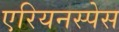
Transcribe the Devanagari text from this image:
एरियनस्पेस